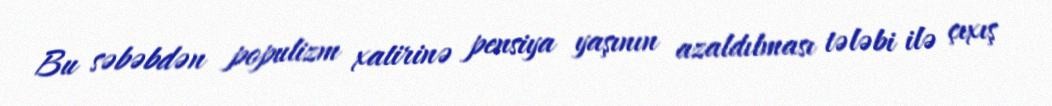
Bu səbəbdən populizm xatirinə pensiya yaşının azaldılması tələbi ilə çıxış